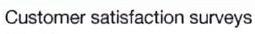
Customer satisfaction surveys